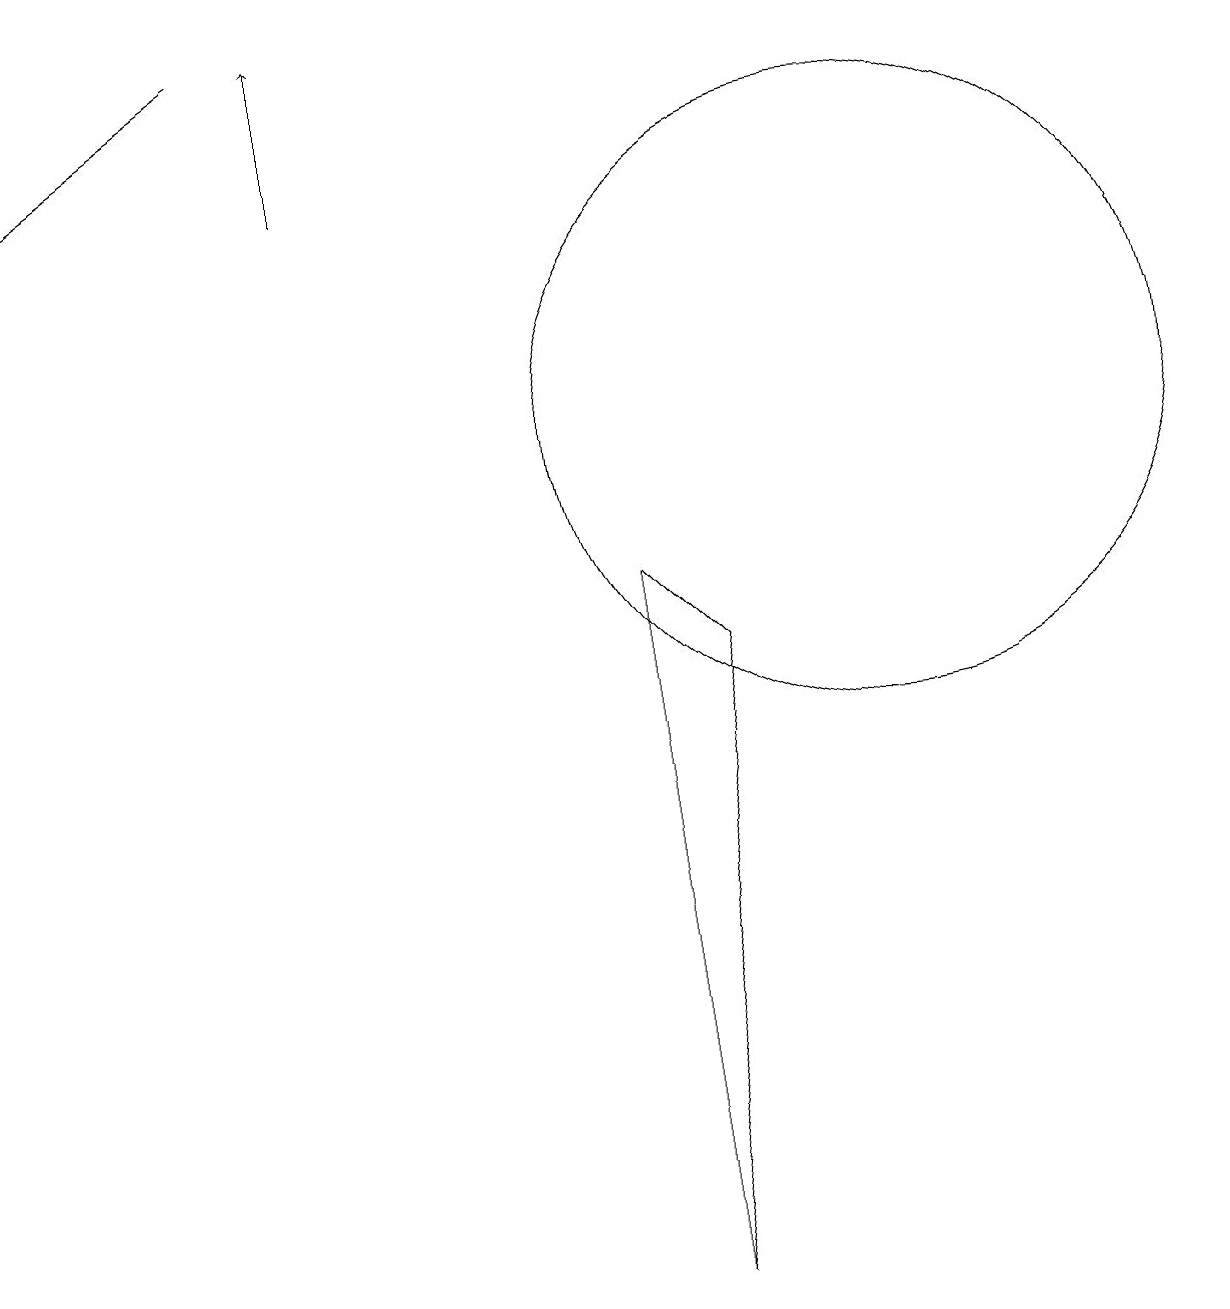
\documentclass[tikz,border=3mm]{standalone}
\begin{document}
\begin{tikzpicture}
\draw (9,8) -- (8,9) -- (8,0) -- cycle;
\draw (11,11) circle (4);
\draw[->] (3,16) -- (0,14);
\draw[->] (4,14) -- (4,16);
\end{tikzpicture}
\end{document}